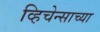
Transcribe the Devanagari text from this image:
व्हिचेन्साच्या